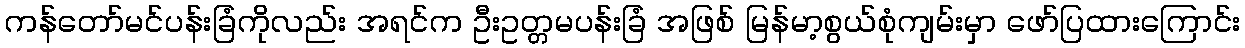
ကန်တော်မင်ပန်းခြံကိုလည်း အရင်က ဦးဥတ္တမပန်းခြံ အဖြစ် မြန်မာ့စွယ်စုံကျမ်းမှာ ဖော်ပြထားကြောင်း